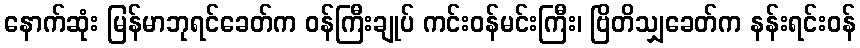
နောက်ဆုံး မြန်မာဘုရင်ခေတ်က ဝန်ကြီးချုပ် ကင်းဝန်မင်းကြီး၊ ဗြိတိသျှခေတ်က နန်းရင်းဝန်